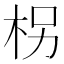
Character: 柺